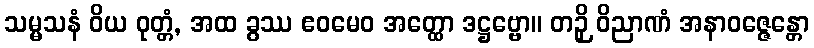
သမ္မသနံ ဝိယ ဝုတ္တံ, အထ ခွဿ ဧဝမေဝ အတ္ထော ဒဋ္ဌဗ္ဗော။ တဉှိ ဝိညာဏံ အနာဝဇ္ဇေန္တော